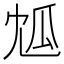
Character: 𤫯